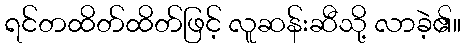
ရင်တထိတ်ထိတ်ဖြင့် လူဆန်းဆီသို့ လာခဲ့၏။